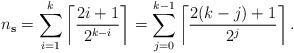
LaTeX: \begin{align*}n_{\mathbf{s}} = \sum_{i=1}^{k} \left\lceil \frac{ 2i + 1}{2^{k-i}} \right\rceil = \sum_{j=0}^{k-1} \left\lceil \frac{ 2(k-j) + 1}{2^{j}} \right\rceil. \end{align*}